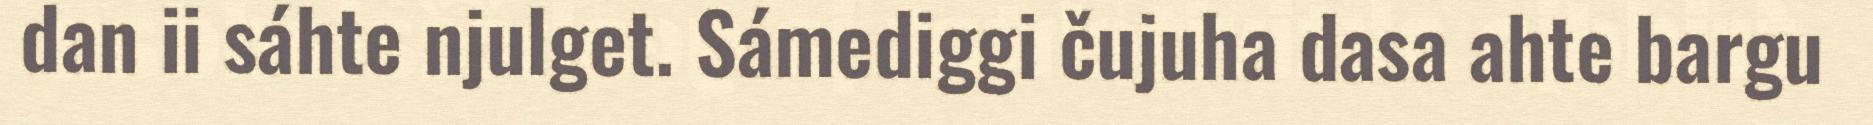
dan ii sáhte njulget. Sámediggi čujuha dasa ahte bargu